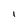
Character: 1